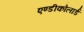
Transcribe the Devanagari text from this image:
एण्डीकोलार्ड